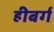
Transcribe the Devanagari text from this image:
हीबर्ग